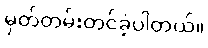
မှတ်တမ်းတင်ခဲ့ပါတယ်။